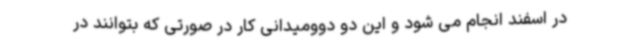
در اسفند انجام می شود و این دو دوومیدانی کار در صورتی که بتوانند در